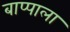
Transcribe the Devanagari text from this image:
बाप्पाला